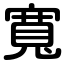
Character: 寬